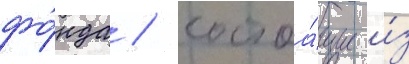
фо́нда / состоа́щие и́з